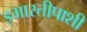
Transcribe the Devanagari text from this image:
इमारतीपाशी